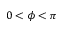
0 < \phi < \pi